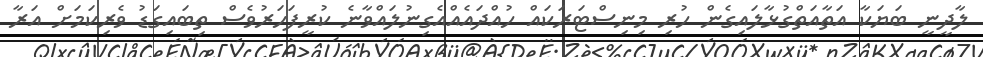
ލާދީނީ ބަޔަކާ އަތާއަތްގުޅާލައިގެން ހުރި މިނިސްޓަރަކައް ހުއްދައެއްއެގިނުލައްވާނެ ކުރީފަހަރުވެސް ތިބައިގަޑު ވެރިކަަމަށް އަރާ